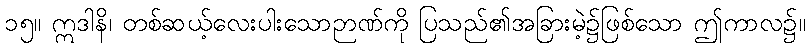
၁၅။ ဣဒါနိ၊ တစ်ဆယ့်လေးပါးသောဉာဏ်ကို ပြသည်၏အခြားမဲ့၌ဖြစ်သော ဤကာလ၌။